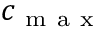
c _ { \mathrm { ~ m ~ a ~ x ~ } }